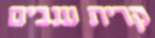
קרית ענבים